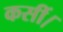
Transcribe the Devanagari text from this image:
कसीं।